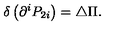
\delta \left( \partial ^ { i } P _ { 2 i } \right) = \triangle \Pi .